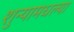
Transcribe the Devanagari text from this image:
शुन्यामधल्या